Jaan_Tonisson_(Lasteleht), lk 30
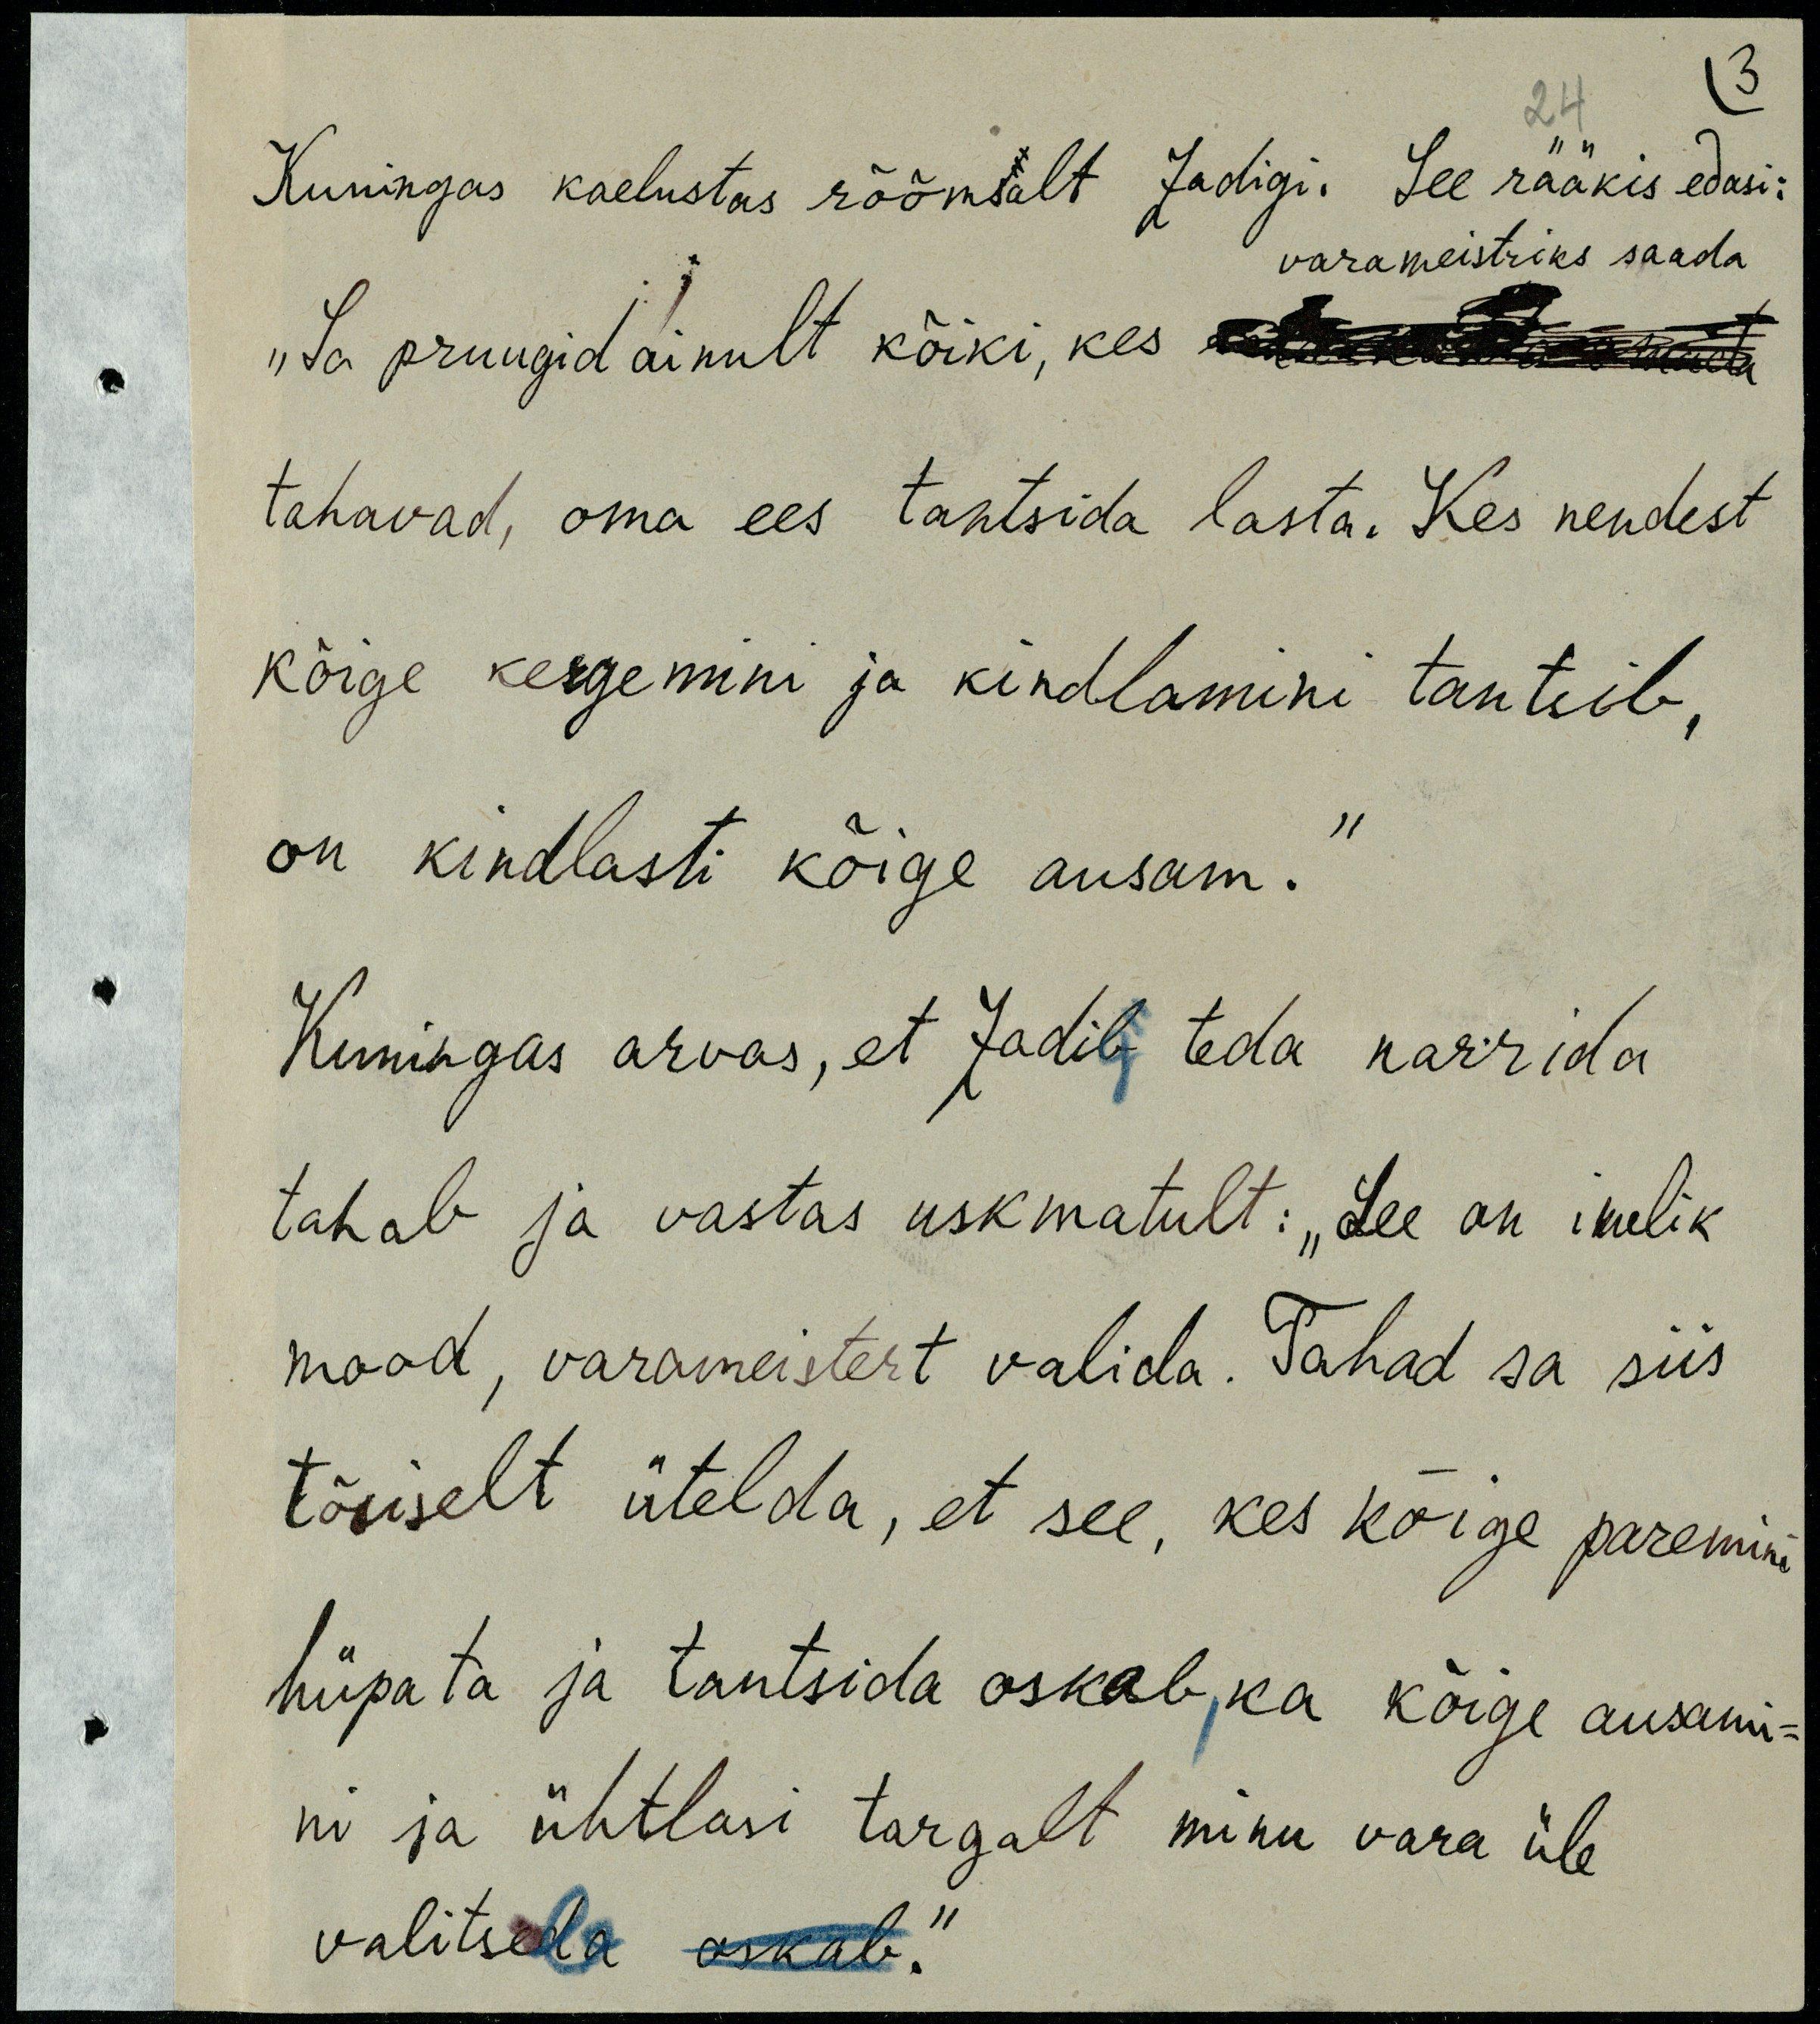
Kuningas kaelustas rõõmsalt Zadigi. See rääkis edasi:
„Sa pruugid ainult kõiki, kes varameistriks saada
tahavad, oma ees tantsida lasta. Kes nendest
kõige kergemini ja kindlamini tantsib,
on kindlasti kõige ausam.“
Kuningas arvas, Zadig teda narrida
tahab ja vastas uskmatult: „See on imelik
mood, varameistert valida. Tahad sa siis
tõsiselt ütelda, et see, kes kõige paremini
hüpata ja tantsida oskab, ka kõige ausami-
ni ja ühtlasi targalt minu vara üle
valitseda oskab.“